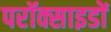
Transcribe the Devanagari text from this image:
परॉक्साइडों